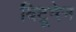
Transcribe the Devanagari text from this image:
बिटूमेन